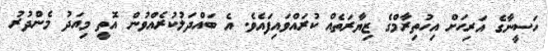
ހަސީނާގެ އަރިހަށް އިހުތިރާމްގެ ޒިޔާރަތެއް ކުރައްވައިފައެވެ. އެ ބައްދަލުކުރެއްވުން އޮތީ މިއަދު މެންދުރު